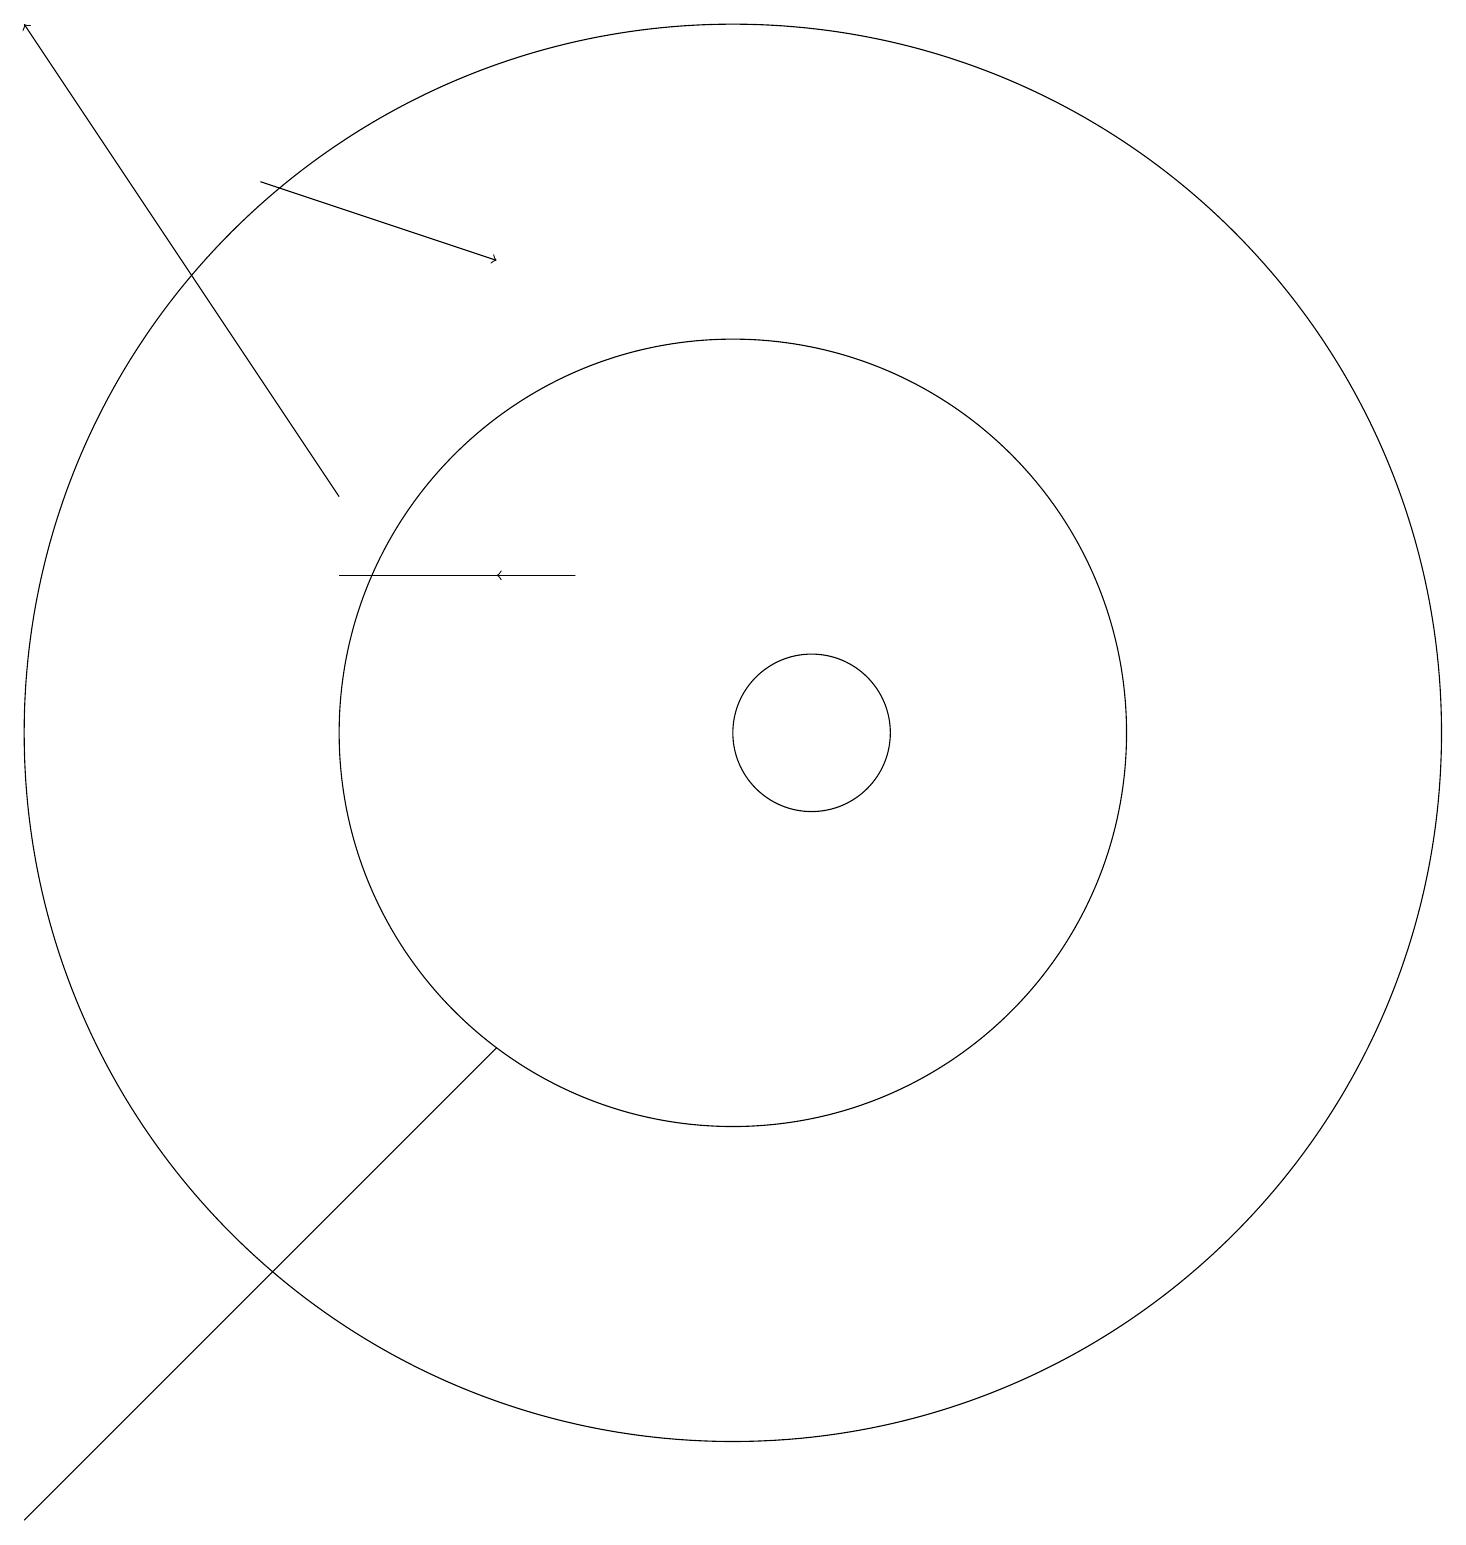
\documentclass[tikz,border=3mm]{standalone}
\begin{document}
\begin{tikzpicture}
\draw[->] (4,17) -- (7,16);
\draw (10,10) circle (9);
\draw[->] (8,12) -- (7,12);
\draw (10,10) circle (5);
\draw (1,0) -- (7,6) -- (1,0) -- cycle;
\draw[->] (5,13) -- (1,19);
\draw (8,12) rectangle (5,12);
\draw (11,10) circle (1);
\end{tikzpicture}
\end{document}